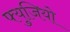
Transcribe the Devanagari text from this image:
फ्युजियो